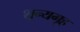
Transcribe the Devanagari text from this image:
शून्यगृह